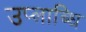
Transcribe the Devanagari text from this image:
उप्लाब्धि